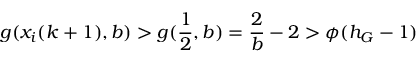
g ( x _ { i } ( k + 1 ) , b ) > g ( \frac { 1 } { 2 } , b ) = \frac { 2 } { b } - 2 > \phi ( h _ { G } - 1 )